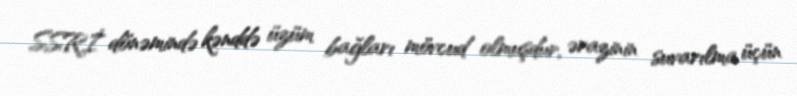
SSRİ dönəmində kənddə üzüm bağları mövcud olmuşdur, ərazinin suvarılma üçün